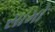
સામો